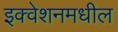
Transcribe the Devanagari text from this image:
इक्वेशनमधील